Lunatic asylums Madras 1892-1911 - 1892-1911
Year: 1892
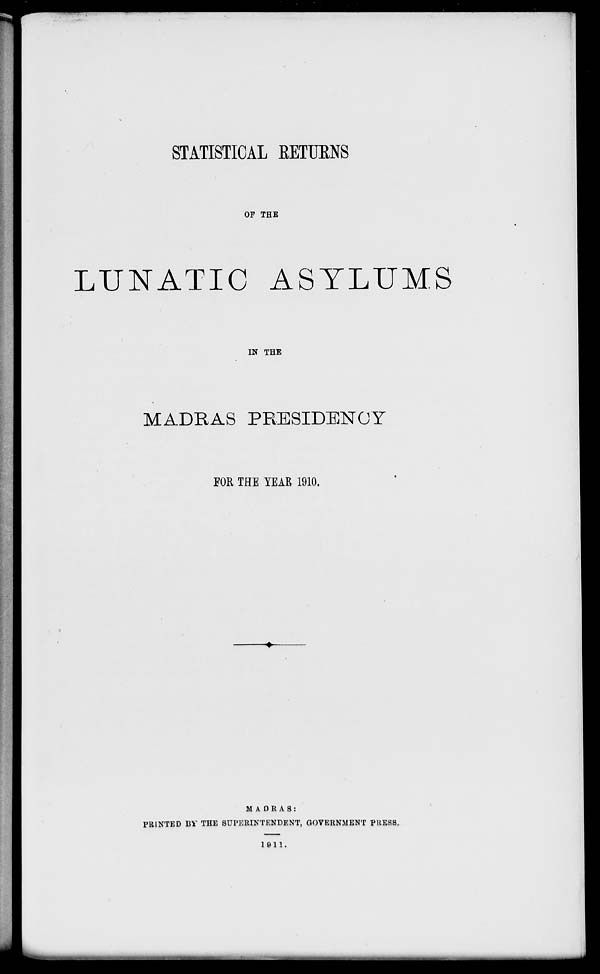
STATISTICAL RETURNS
OP THE
LUNATIC ASYLUMS
IN THE
MADRAS PRESIDENCY
FOR THE YEAR 1910.
MADRAS:
PRINTED BV THE SUPERINTENDENT, GOVERNMENT PRESS.
1811.